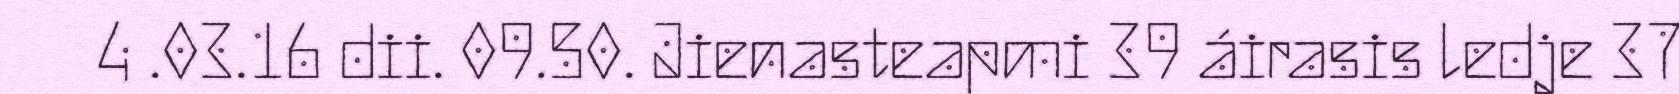
4 .03.16 dii. 09.50. Jienasteapmi 39 áirasis ledje 37